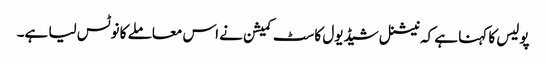
پولیس کا کہنا ہے کہ نیشنل شیڈیول کاسٹ کمیشن نے اس معاملے کا نوٹس لیا ہے۔